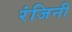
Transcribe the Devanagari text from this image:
रंजिनी